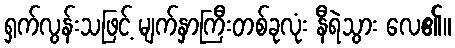
ရှက်လွန်းသဖြင့် မျက်နှာကြီးတစ်ခုလုံး နီရဲသွား လေ၏။